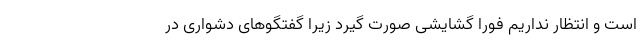
است و انتظار نداریم فورا گشایشی صورت گیرد زیرا گفتگوهای دشواری در